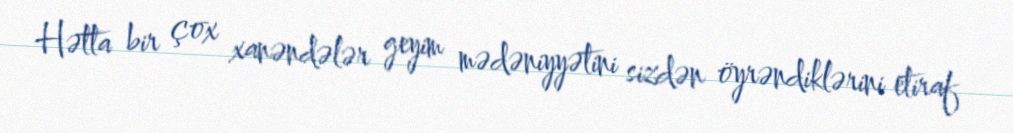
Hətta bir çox xanəndələr geyim mədəniyyətini sizdən öyrəndiklərini etiraf